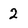
Character: 2